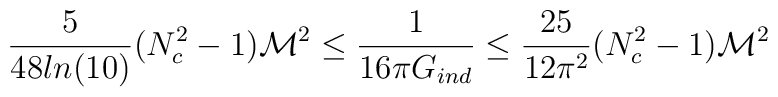
{5\over{48 ln(10)}}(N_c^2-1){\cal M}^2\leq {1\over {16\pi G_{ind}}} \leq{25\over{12 \pi^2}}(N_c^2-1){\cal M}^2